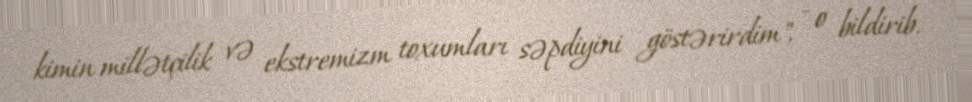
kimin millətçilik və ekstremizm toxumları səpdiyini göstərirdim", - o bildirib.